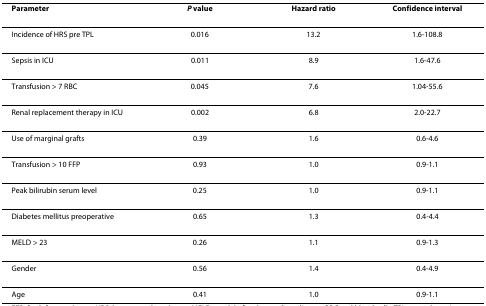
| Parameter | P value | Hazard ratio | Confidence interval |
 | --- | --- | --- | --- |
 | Incidence of HRS pre TPL | 0.016 | 13.2 | 1.6-108.8 |
 | Sepsis in ICU | 0.011 | 8.9 | 1.6-47.6 |
 | Transfusion > 7 RBC | 0.045 | 7.6 | 1.04-55.6 |
 | Renal replacement therapy in ICU | 0.002 | 6.8 | 2.0-22.7 |
 | Use of marginal grafts | 0.39 | 1.6 | 0.6-4.6 |
 | Transfusion > 10 FFP | 0.93 | 1.0 | 0.9-1.1 |
 | Peak bilirubin serum level | 0.25 | 1.0 | 0.9-1.1 |
 | Diabetes mellitus preoperative | 0.65 | 1.3 | 0.4-4.4 |
 | MELD > 23 | 0.26 | 1.1 | 0.9-1.3 |
 | Gender | 0.56 | 1.4 | 0.4-4.9 |
 | Age | 0.41 | 1.0 | 0.9-1.1 |